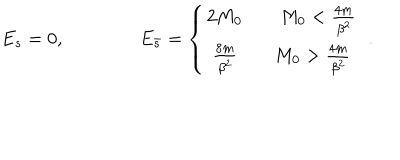
LaTeX: E _ { s } = 0 , \qquad \qquad E _ { \bar { s } } = \left\{ \begin{array} { c } { { 2 M _ { 0 } \qquad M _ { 0 } < \frac { 4 m } { \beta ^ { 2 } } } } \\ { { \frac { 8 m } { \beta ^ { 2 } } \qquad M _ { 0 } > \frac { 4 m } { \beta ^ { 2 } } } } \\ \end{array} \right. \, \, .